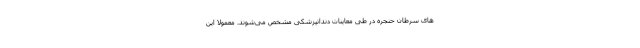
­های سرطان حنجره در طی معاینات دندانپزشکی مشخص می‌شوند. معمولاً این